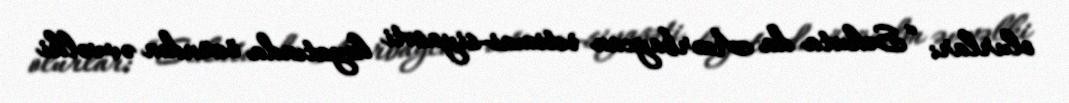
olurlar: “Sekuta da Azərbaycan ictimai-siyasəti həyatında özündən əvvəlki